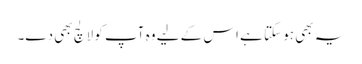
یہ بھی ہو سکتا ہے اس کے لیے وہ آپ کو لالچ بھی دے۔